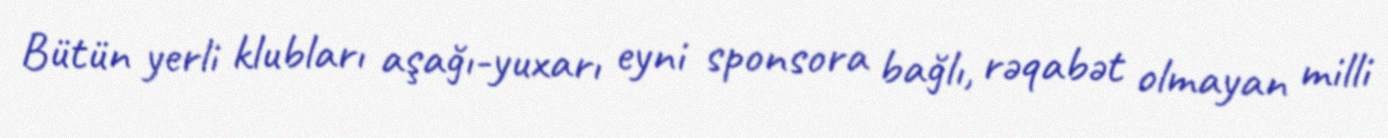
Bütün yerli klubları aşağı-yuxarı eyni sponsora bağlı, rəqabət olmayan milli